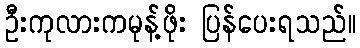
ဦးကုလားကမုန့်ဖိုး ပြန်ပေးရသည်။